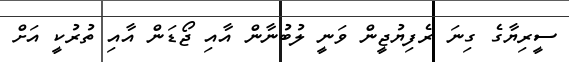
ސީރިޔާގެ ގިނަ ރެފިޔުޖީން ވަނީ ލުބުނާން އާއި ޖޯޑަން އާއި ތުރުކީ އަށް